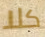
كلا